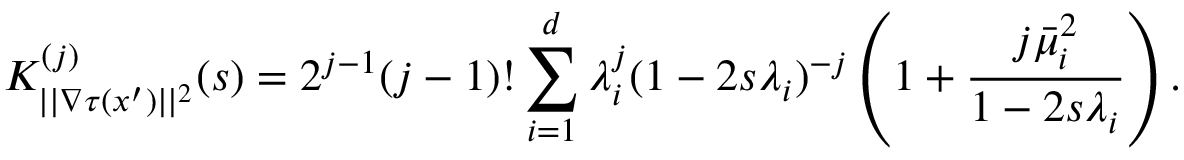
K _ { | | \nabla \tau ( x ^ { \prime } ) | | ^ { 2 } } ^ { ( j ) } ( s ) = 2 ^ { j - 1 } ( j - 1 ) ! \sum _ { i = 1 } ^ { d } \lambda _ { i } ^ { j } ( 1 - 2 s \lambda _ { i } ) ^ { - j } \left( 1 + \frac { j \bar { \mu } _ { i } ^ { 2 } } { 1 - 2 s \lambda _ { i } } \right) .